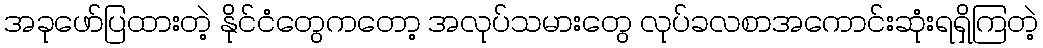
အခုဖော်ပြထားတဲ့ နိုင်ငံတွေကတော့ အလုပ်သမားတွေ လုပ်ခလစာအကောင်းဆုံးရရှိကြတဲ့